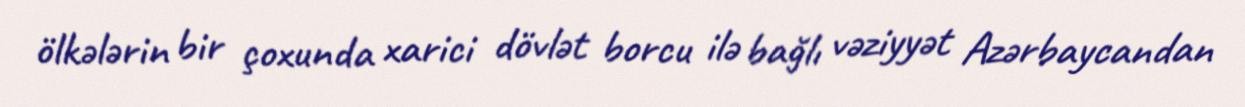
ölkələrin bir çoxunda xarici dövlət borcu ilə bağlı vəziyyət Azərbaycandan